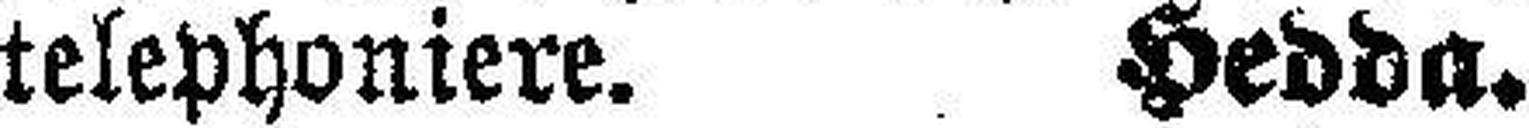
telephoniere. Hedda.